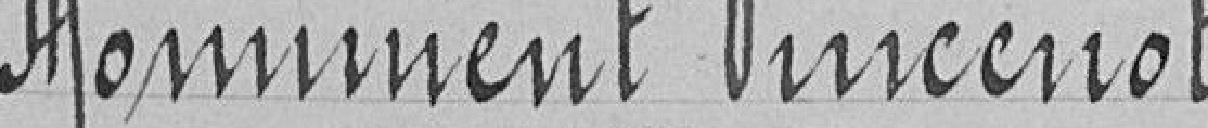
Monument Vincenot